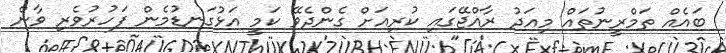
ބައެއް ތަމްރީނުތައް މިއަދު ރާއްޖޭގައި ކުރިއަށް ގެންދެވޭ ކަމީ އަޅުގަނޑުމެން ފަހުރުވެރި ވާން